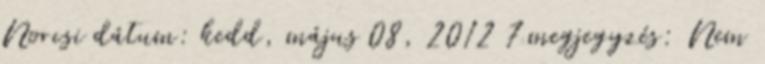
Norcsi dátum: kedd, május 08, 2012 7 megjegyzés: Nem